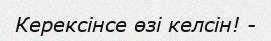
Керексінсе өзі келсін! -